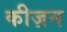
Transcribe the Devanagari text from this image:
कीज़न